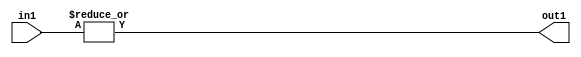
`timescale 1ps / 1ps
/*****************************************************************************
    Verilog RTL Description
    
    
    Created by: Stratus DpOpt 2019.1.01 
*******************************************************************************/

module GaussFilter_OrReduction_4U_1U_4 (
	in1,
	out1
	); /* architecture "behavioural" */ 
input [3:0] in1;
output  out1;
wire  asc001;

assign asc001 = 
	(|in1);

assign out1 = asc001;
endmodule

/* CADENCE  urfyTAg= : u9/ySgnWtBlWxVPRXgAZ4Og= ** DO NOT EDIT THIS LINE ******/